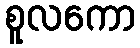
စူလကော